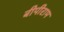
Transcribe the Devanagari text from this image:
बीपीराम